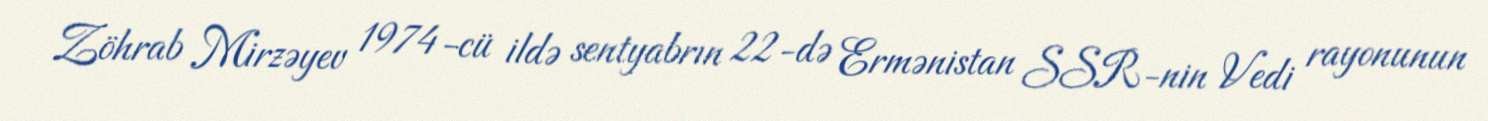
Zöhrab Mirzəyev 1974-cü ildə sentyabrın 22-də Ermənistan SSR-nin Vedi rayonunun